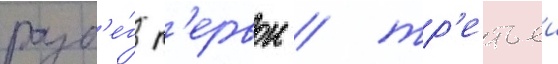
разб'е́г п'ервои / тр'етьеи